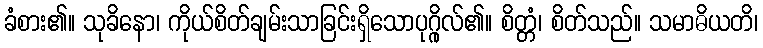
ခံစား၏။ သုခိနော၊ ကိုယ်စိတ်ချမ်းသာခြင်းရှိသောပုဂ္ဂိုလ်၏။ စိတ္တံ၊ စိတ်သည်။ သမာဓိယတိ၊